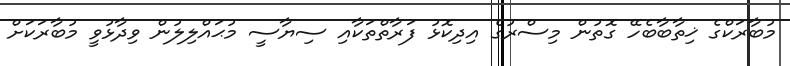
މުބާރަކްގެ ޚިތާބާބެހޭ ގޮތުން މިސްރުގެ އިދިކޮޅު ފަރާތްތަކާއި ސިޔާސީ މުޙައްލިލުން ވިދާޅުވީ މުބާރަކަށް